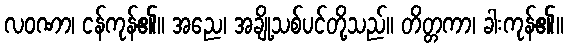
လဝဏာ၊ ငန်ကုန်၏။ အညေ၊ အချို့သစ်ပင်တို့သည်။ တိတ္တကာ၊ ခါးကုန်၏။